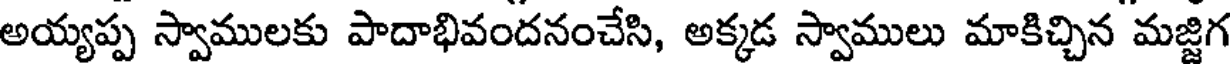
అయ్యప్ప స్వాములకు పాదాభివందనంచేసి, అక్కడ స్వాములు మాకిచ్చిన మజ్జిగ